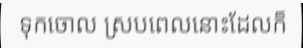
ទុកចោល ស្របពេលនោះដែលក៏